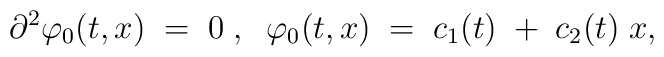
{\partial}^2 {\varphi}_0(t,x)\;=\;0 \;,\;\;\varphi_0(t,x)\;=\;c_1(t)\;+\;c_2(t)\;x ,